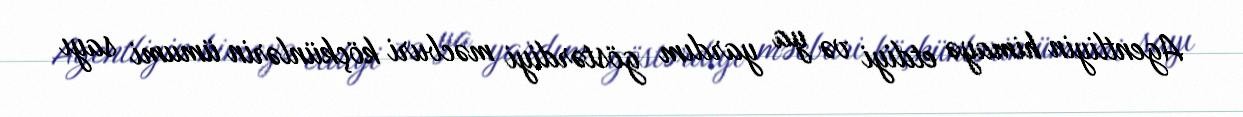
Agentliyin himayə etdiyi və ya yardım göstərdiyi məcburi köçkünlərin ümumi sayı